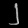
Digit: ၂